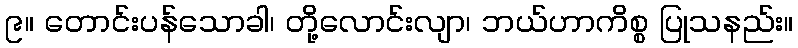
၉။ တောင်းပန်သောခါ၊ တို့လောင်းလျာ၊ ဘယ်ဟာကိစ္စ ပြုသနည်း။